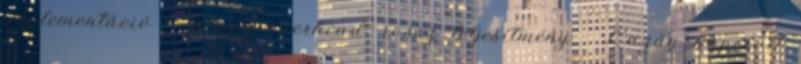
implementáció – Nagy overhead, rossz teljesítmény ● Lazán kapcsolt